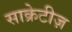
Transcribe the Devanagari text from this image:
साक्रेटीज़